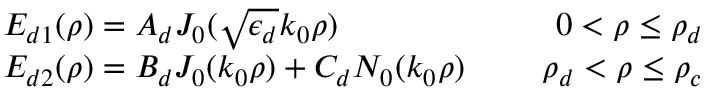
\begin{array} { r } { \begin{array} { l c r } { E _ { d 1 } ( \rho ) = A _ { d } J _ { 0 } ( \sqrt { \epsilon _ { d } } k _ { 0 } \rho ) } & { \mathrm { ~ } } & { 0 < \rho \leq \rho _ { d } } \\ { E _ { d 2 } ( \rho ) = B _ { d } J _ { 0 } ( k _ { 0 } \rho ) + C _ { d } N _ { 0 } ( k _ { 0 } \rho ) } & { \mathrm { ~ } } & { \rho _ { d } < \rho \leq \rho _ { c } } \end{array} } \end{array}